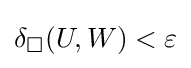
\delta _{\square }(U,W)<\varepsilon